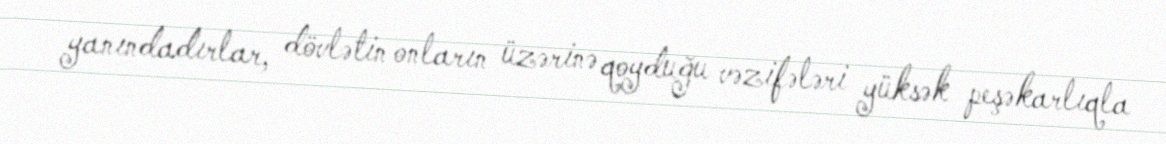
yanındadırlar, dövlətin onların üzərinə qoyduğu vəzifələri yüksək peşəkarlıqla